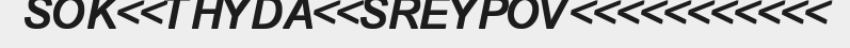
SOK<<THYDA<<SREYPOV<<<<<<<<<<<